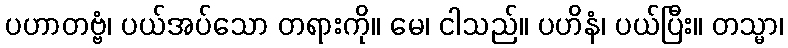
ပဟာတဗ္ဗံ၊ ပယ်အပ်သော တရားကို။ မေ၊ ငါသည်။ ပဟိနံ၊ ပယ်ပြီး။ တသ္မာ၊